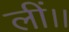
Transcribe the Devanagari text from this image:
लीं।।